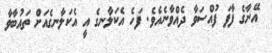
އޭނާގެ ފާފަ ފުއްސަވާ ދެއްވާނެއެވެ. ފަހެ އެކަލާނގެ އީ އެކަލާނގެއަށް ތައުބާވާ